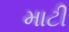
માટી